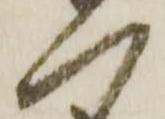
へ